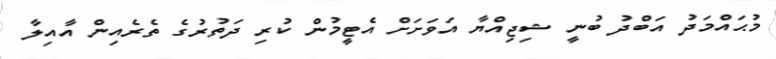
މުޙައްމަދު އަބްދު ބުނީ ޝިޖިއްޔާ އަވަށަށް އެޓީމުން ކުރި ދަތުރުގެ ތެރެއިން އާއިލާ